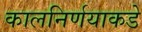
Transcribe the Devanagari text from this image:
कालनिर्णयाकडे